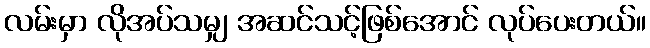
လမ်းမှာ လိုအပ်သမျှ အဆင်သင့်ဖြစ်အောင် လုပ်ပေးတယ်။